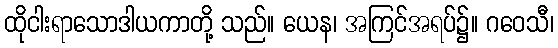
ထိုငါးရာသောဒါယကာတို့ သည်။ ယေန၊ အကြင်အရပ်၌။ ဂဝေသီ၊